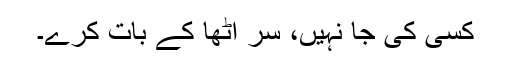
کسی کی جا نہیں، سر اُٹھا کے بات کرے۔